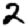
Digit: 2